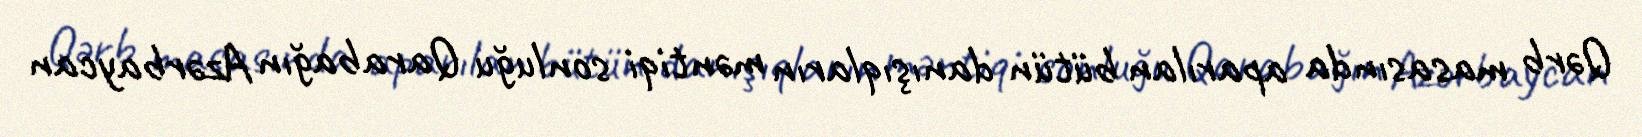
Qərb masasında aparılan bütün danışıqların məntiqi sonluğu Qarabağın Azərbaycan